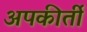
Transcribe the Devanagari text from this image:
अपकीर्ती